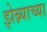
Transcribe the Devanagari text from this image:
झेब्र्याच्या